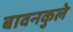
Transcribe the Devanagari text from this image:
बावनकुले